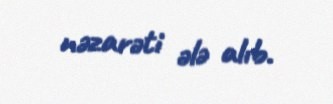
nəzarəti ələ alıb.